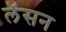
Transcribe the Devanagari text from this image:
लॅसन